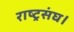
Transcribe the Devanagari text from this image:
राष्ट्रसंघ।